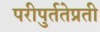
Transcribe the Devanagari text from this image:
परीपुर्ततेप्रती